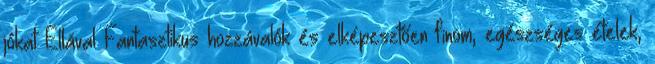
jókat Ellával Fantasztikus hozzávalók és elképesztően finom, egészséges ételek,